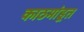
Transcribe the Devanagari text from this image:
काठमांडूत